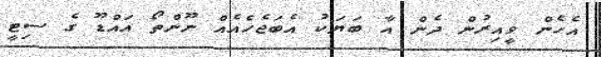
އެހެން ވީއިރުން ދެން އާ ބަޔަކު އެބަޖެހެއެއް ނޫންތޯ އައްޑޫ ގެ ސިޓީ